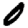
Digit: 0